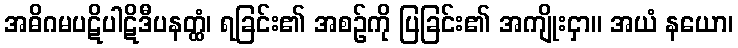
အဓိဂမပဋိပါဋိဒီပနတ္ထံ၊ ရခြင်း၏ အစဉ်ကို ပြခြင်း၏ အကျိုးငှာ။ အယံ နယော၊